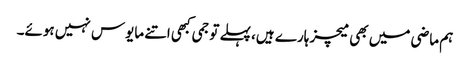
ہم ماضی میں بھی میچز ہارے ہیں، پہلے تو جمی کبھی اتنے مایوس نہیں ہوئے۔